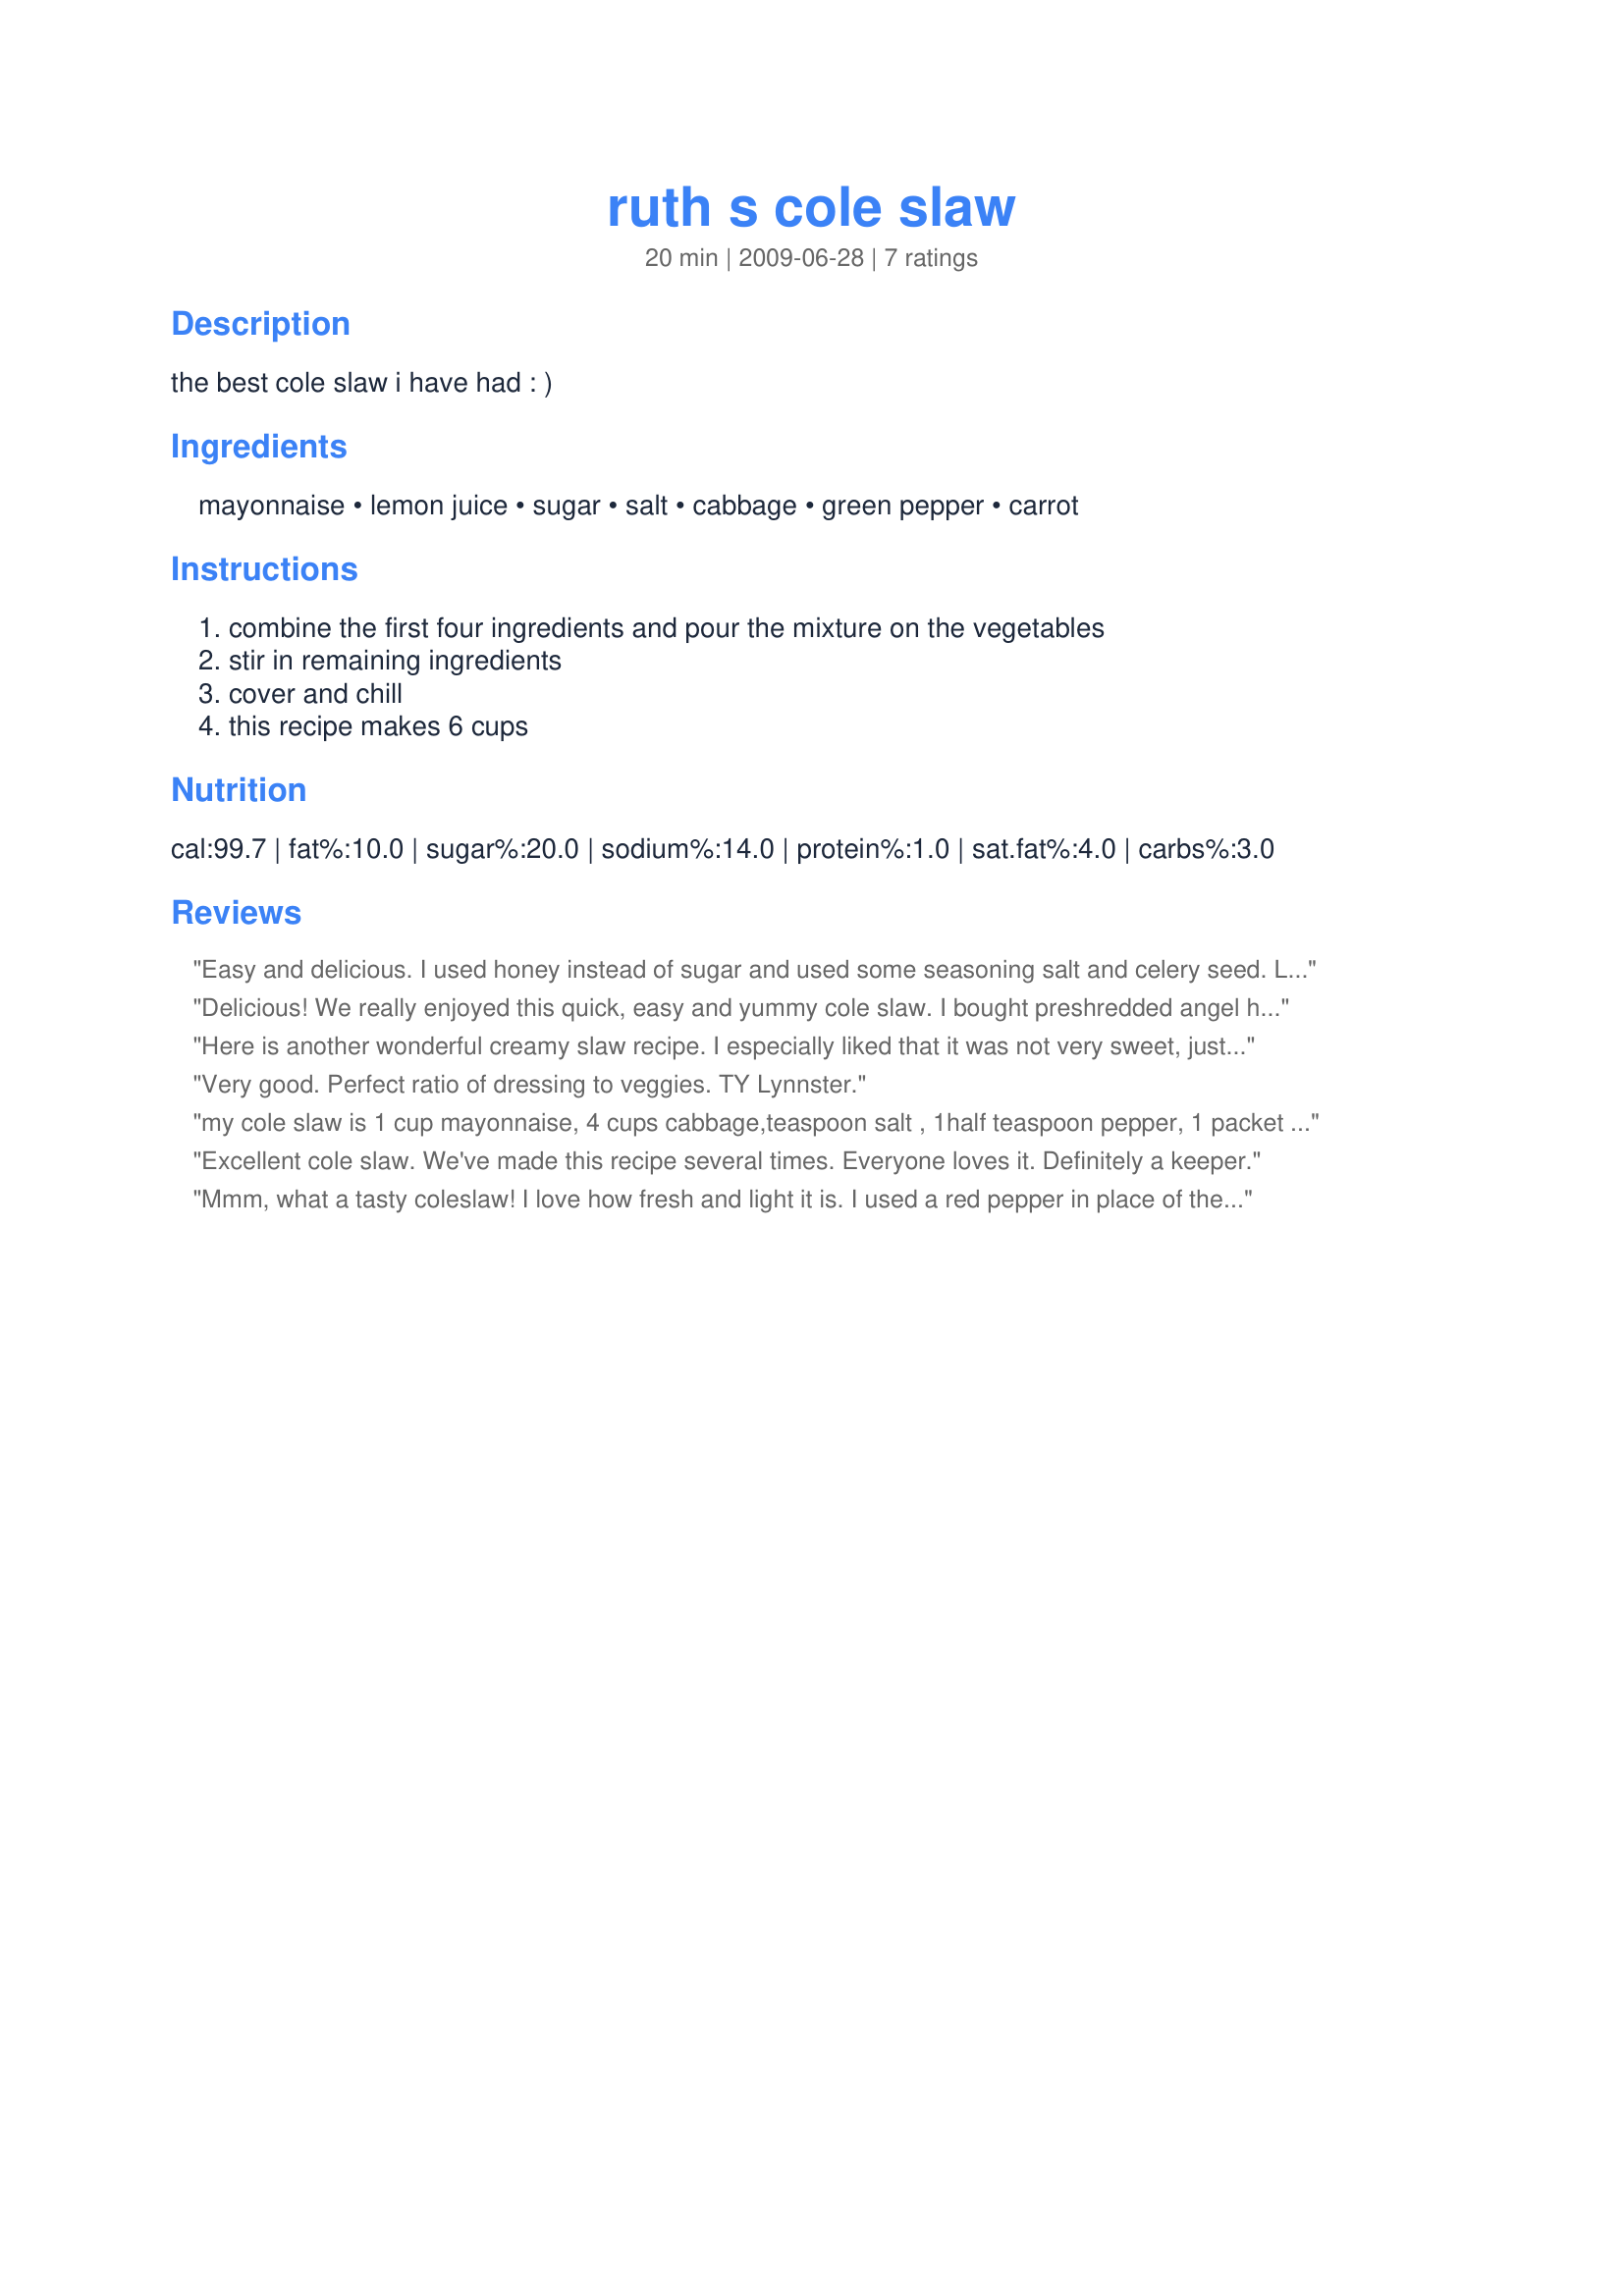
ruth s cole slaw
Preparation time: 20 minutes

the best cole slaw i have had : )

Ingredients:
mayonnaise, lemon juice, sugar, salt, cabbage, green pepper, carrot

Steps:
combine the first four ingredients and pour the mixture on the vegetables, stir in remaining ingredients, cover and chill, this recipe makes 6 cups

Reviews:
Easy and delicious. I used honey instead of sugar and used some seasoning salt and celery seed. Love that it&#039;s dairy-free!
Delicious! We really enjoyed this quick, easy and yummy cole slaw. I bought preshredded angel hair cabbage and used the entire 8 cups that was in the package. Also, I increased the bell pepper to 1 cup, and added some fresh ground black pepper. There was plenty of dressing to accomodate the extra cabbage and peppers. My husband doesn't like overly sweet cole slaw, and this one fit the bill, although I did add just a touch more sugar to suit our tastes. Thank you for sharing this wonderful recipe...it is definitely a keeper.
*Made for 2010 Spring PAC*
Here is another wonderful creamy slaw recipe. I especially liked that it was not very sweet, just a hint of sugar. Thank you for post and I'll add your recipe to my Encore cookbook. Made for Zaar Chef Alphabet Soup
Very good. Perfect ratio of dressing to veggies. TY Lynnster.
my cole slaw is 1 cup mayonnaise, 4 cups cabbage,teaspoon salt , 1half teaspoon pepper, 1 packet splenda ,6tblsp of dried cranberries, 1-4th cup of pecans very summertime and my family cannot get enough of this
Excellent cole slaw. We've made this recipe several times. Everyone loves it. Definitely a keeper.
Mmm, what a tasty coleslaw! I love how fresh and light it is. I used a red pepper in place of the green as that is all I could get and loved the pop of colour as well as the taste it added. YUM!<br/>I made quarter the recipe using yogurt for the mayo and reducing the sugar a tad. This was wonderful, thank you so much for sharing it with us, Lynnster.<br/>Made and reviewed for the Best of 2011 Tag Game January 2012.
